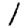
Digit: 1